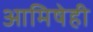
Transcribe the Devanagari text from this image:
आमिषेही